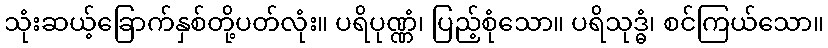
သုံးဆယ့်ခြောက်နှစ်တို့ပတ်လုံး။ ပရိပုဏ္ဏံ၊ ပြည့်စုံသော။ ပရိသုဒ္ဓံ၊ စင်ကြယ်သော။